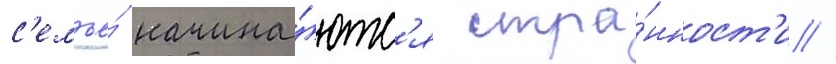
с'емье́ начина́ютс'я стра́нност'и //